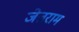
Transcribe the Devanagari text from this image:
जेतराम